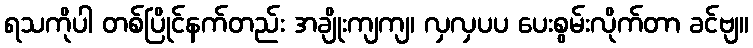
ရသကိုပါ တစ်ပြိုင်နက်တည်း အချိုးကျကျ၊ လှလှပပ ပေးစွမ်းလိုက်တာ ခင်ဗျ။